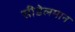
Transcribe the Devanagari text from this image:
सीडेलमान